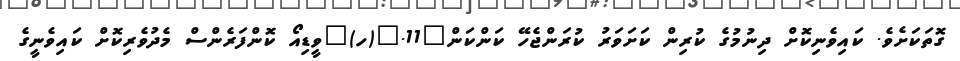
ގޮތަކަށެވެ. ކައިވެނިކޮށް ދިނުމުގެ ކުރިން ކަށަވަރު ކުރަންޖެހޭ ކަންކަން	11.	(ހ)	ވީޑިއޯ ކޮންފަރެންސް މެދުވެރިކޮށް ކައިވެނީގެ